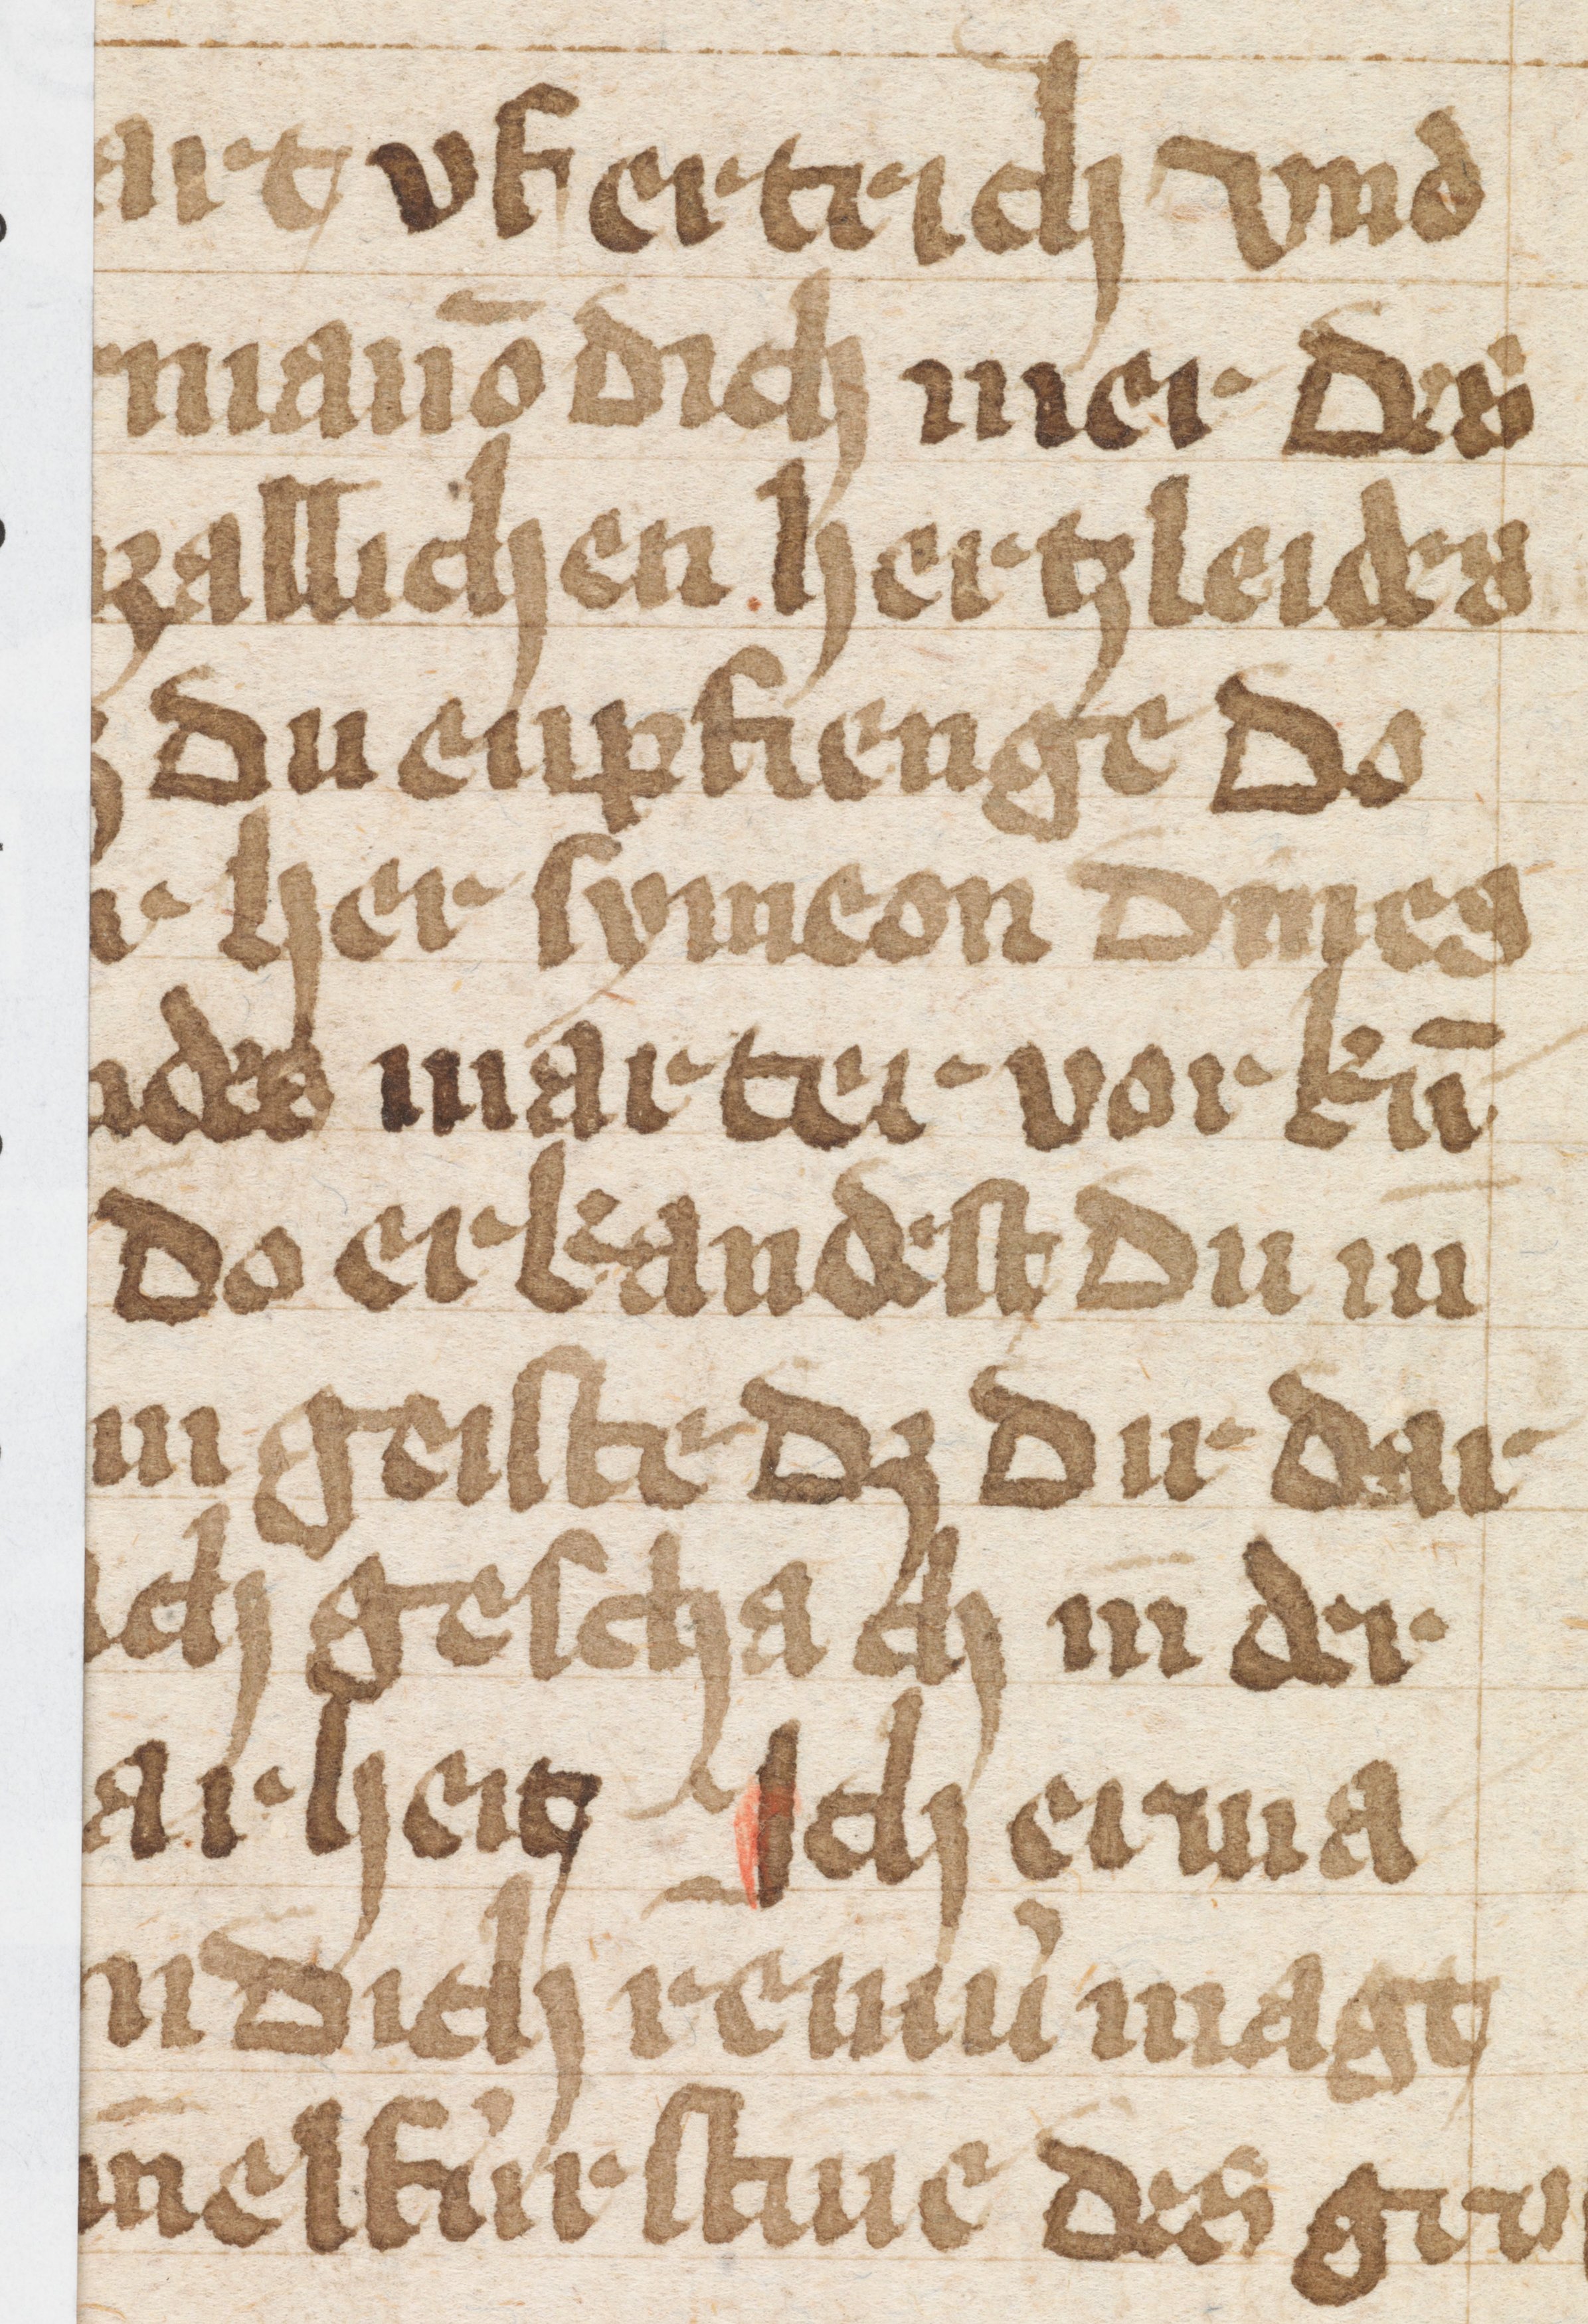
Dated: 1400–1499